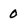
Character: 0